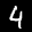
Label: 4